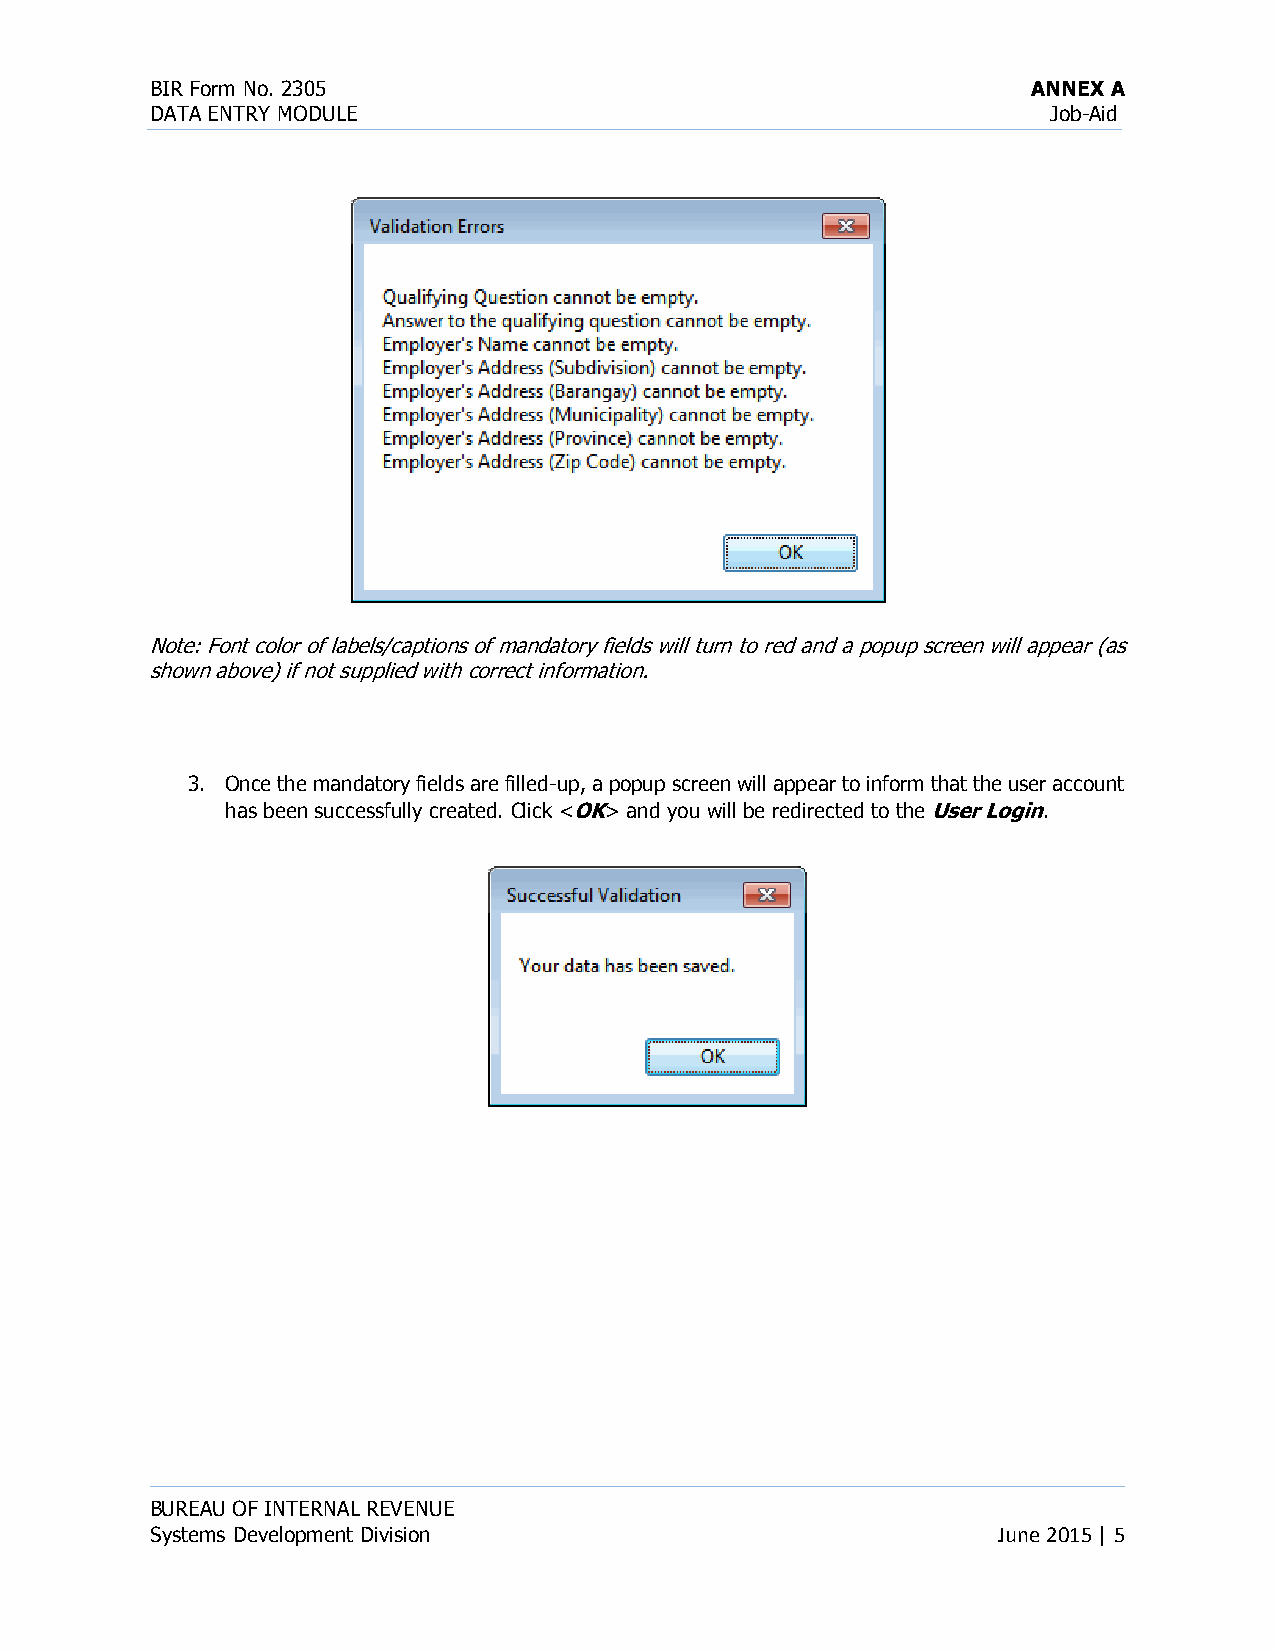
BIR Form No. 2305                                         ANNEX A
 DATA ENTRY MODULE                                           Job-Aid
 Note: Font color of labels/captions of mandatory fields will turn to red and a popup screen will appear (as
 shown above) if not supplied with correct information.
 3. Once the mandatory fields are filled-up, a popup screen will appear to inform that the user account
 has been successfully created. Click <OK> and you will be redirected to the User Login.
 BUREAU OF INTERNAL REVENUE
 Systems Development Division                            June 2015 | 5